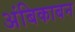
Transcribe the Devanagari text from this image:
अंबिकाबन